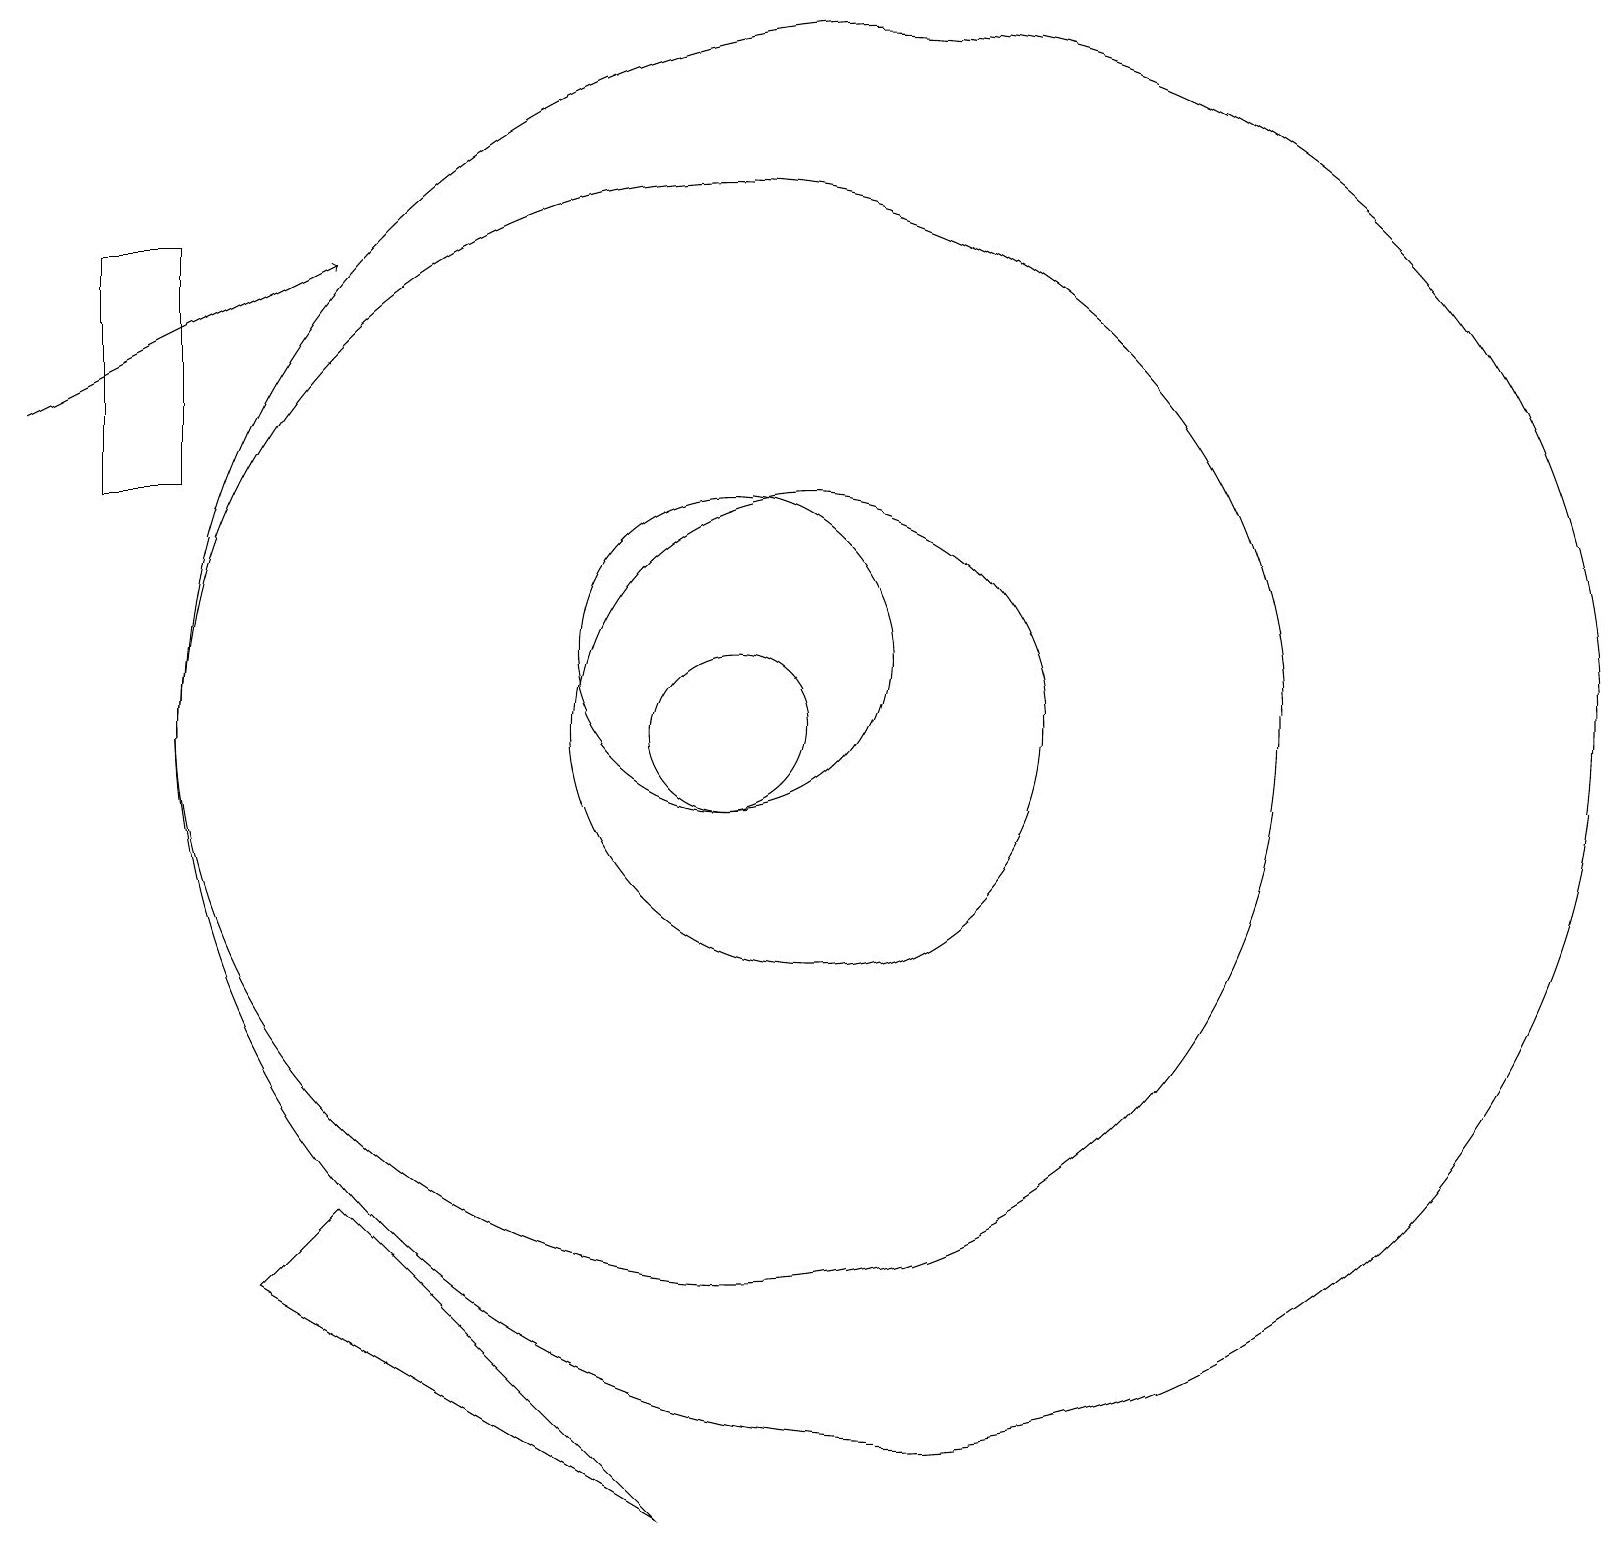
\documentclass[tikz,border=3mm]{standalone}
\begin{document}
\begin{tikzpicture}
\draw (5,4) -- (9,0) -- (4,3) -- cycle;
\draw (12,10) circle (9);
\draw (11,10) circle (3);
\draw[->] (1,14) -- (5,16);
\draw (2,16) rectangle (3,13);
\draw (10,10) circle (1);
\draw (10,11) circle (2);
\draw (10,10) circle (7);
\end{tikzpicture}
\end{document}